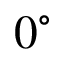
0 ^ { \circ }